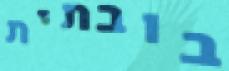
בובתית